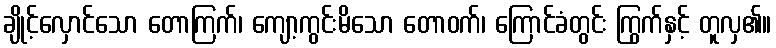
ချိုင့်လှောင်သော တောကြက်၊ ကျော့ကွင်းမိသော တောဝက်၊ ကြောင်ခံတွင်း ကြွက်နှင့် တူလှ၏။